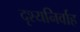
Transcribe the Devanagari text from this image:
दृश्यनिर्वाह